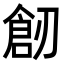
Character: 𠞴